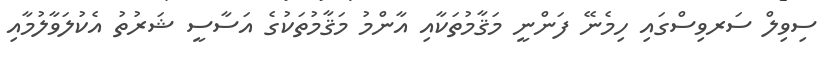
ސިވިލް ސަރވިސްގައި ހިމެނޭ ފަންނީ މަޤާމުތަކާއި އާންމު މަޤާމުތަކުގެ އަސާސީ ޝަރުތު އެކުލަވާލުމާއި